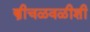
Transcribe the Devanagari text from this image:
स्त्रीचळवळीशी